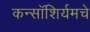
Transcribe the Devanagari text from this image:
कन्सॉशिर्यमचे